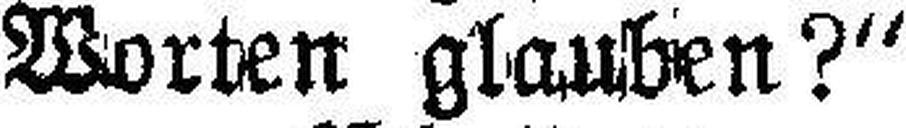
Worten glauben?“